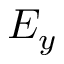
E _ { y }